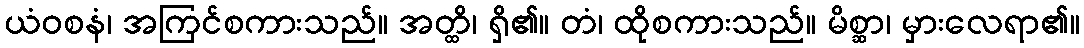
ယံဝစနံ၊ အကြင်စကားသည်။ အတ္ထိ၊ ရှိ၏။ တံ၊ ထိုစကားသည်။ မိစ္ဆာ၊ မှားလေရာ၏။